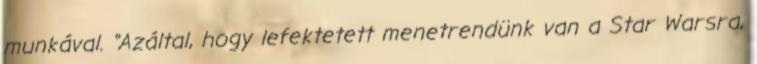
munkával. "Azáltal, hogy lefektetett menetrendünk van a Star Warsra,